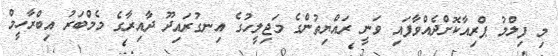
މި ފިލްމު ޕްރިއާކޮށްދެއްވާފައި ވަނީ ރައްޔިތުންގެ މަޖިލީހުގެ އިނގުރައިދޫ ދާއިރާގެ މެމްބަރު އިބްރާހީމް